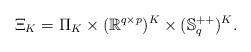
LaTeX: \begin{align*}\Xi_K = \Pi_{K} \times (\mathbb{R}^{q\times p})^K\times (\mathbb{S}_q^{++})^K.\end{align*}